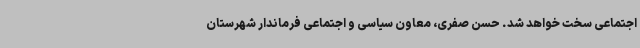
اجتماعی سخت خواهد شد. حسن صفری، معاون سیاسی و اجتماعی فرماندار شهرستان